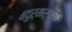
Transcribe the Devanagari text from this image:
४दुर्मर्षण